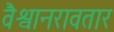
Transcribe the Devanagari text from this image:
वैश्वानरावतार